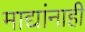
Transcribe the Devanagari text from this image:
माद्यांनाही